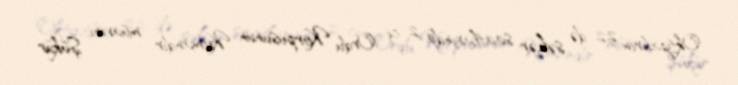
Oktyabrın 22-də səhər saatlarında 2-ci Ordu Korpusunun Komandir müavini Şükür